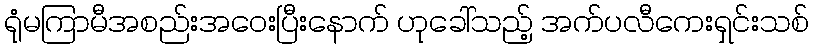
ရုံမကြာမီအစည်းအဝေးပြီးနောက် ဟုခေါ်သည့် အက်ပလီကေးရှင်းသစ်